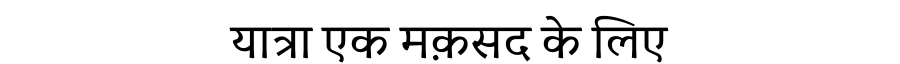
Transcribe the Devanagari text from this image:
यात्रा एक मक़सद के लिए